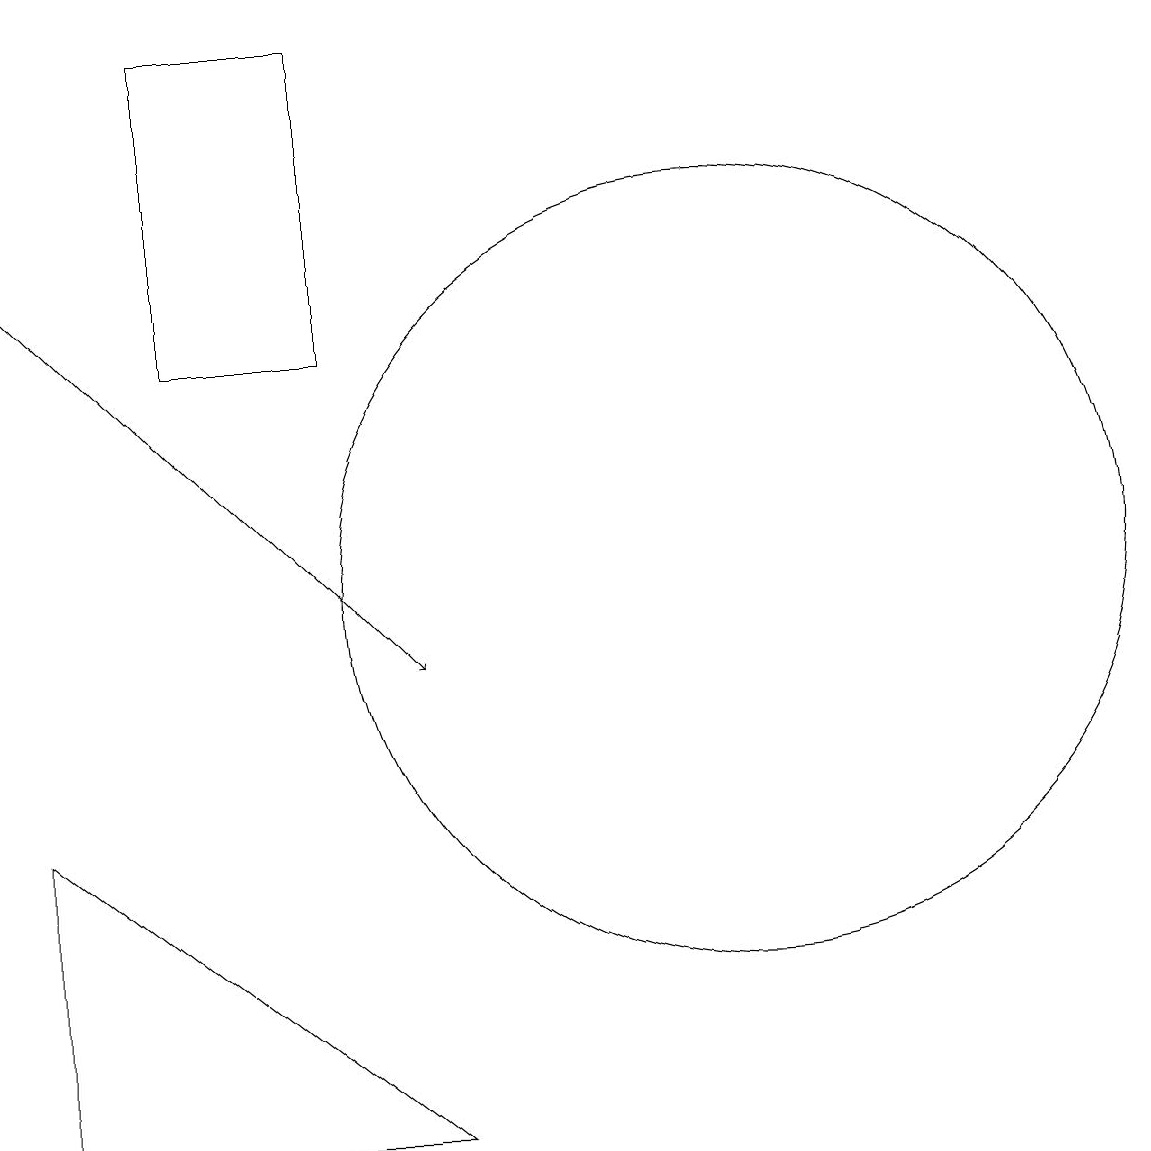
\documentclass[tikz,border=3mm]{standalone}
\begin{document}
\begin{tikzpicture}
\draw (11,11) circle (5);
\draw[->] (2,15) -- (7,10);
\draw (2,4) -- (2,8) -- (7,4) -- cycle;
\draw (12,11) circle (0);
\draw (6,14) rectangle (4,18);
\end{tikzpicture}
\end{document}